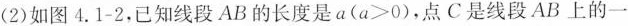
(2)如图4.1-2，已知线段AB的长度是$$a(a>0)$$，点C是线段AB上的一